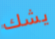
يشك